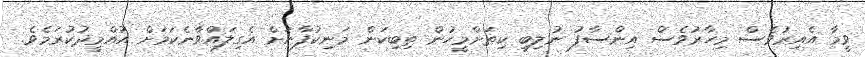
ވީމާ އެއިރުވެސް މިހާރުވެސް އިންސާފު ނުލިބި ކިތަށްމީހުން ތިބިކަން މަނިކުފާނަށް އެގިލައްވާނެކަމަށް އުއްމީދުކުރަމެވެ.